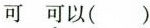
可 可以( )